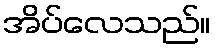
အိပ်လေသည်။